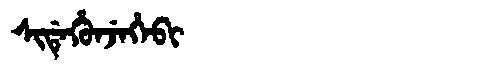
Manchu: ᠰᡳᡩᡝᡥᡠᠨᠵᡝᡥᡝᠪᡳ
Romanization: SIDEHUNJEHEBI